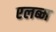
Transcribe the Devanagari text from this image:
एलब्म